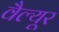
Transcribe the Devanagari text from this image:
वैल्यूर